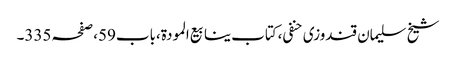
شیخ سلیمان قندوزی حنفی،کتاب ینابیع المودة،باب59،صفحہ335۔